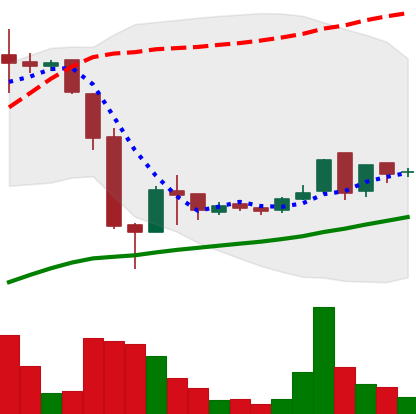
Ticker: LTC-USD
Chart end date: 2016-07-06
Forward return: -8.567%
Label: down_7plus